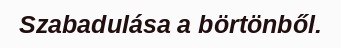
Szabadulása a börtönből.